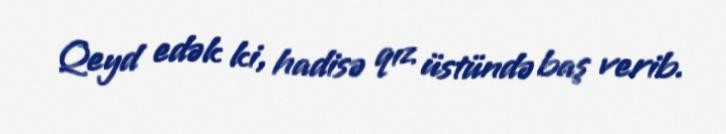
Qeyd edək ki, hadisə qız üstündə baş verib.